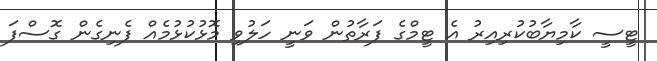
ޓީސީ ކާމިޔާބުކުރިއިރު އެ ޓީމްގެ ފަރާތުން ވަނީ ހަލުވި މޮޅުކުޅުމެއް ފެނިގެން ގޮސްފަ